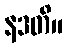
နဒတိ။